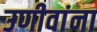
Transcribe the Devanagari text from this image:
उणीवांना